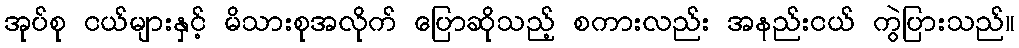
အုပ်စု ငယ်များနှင့် မိသားစုအလိုက် ပြောဆိုသည့် စကားလည်း အနည်းငယ် ကွဲပြားသည်။